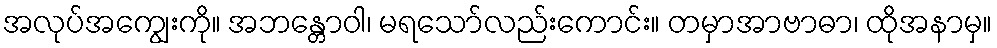
အလုပ်အကျွေးကို။ အဘန္တောဝါ၊ မရသော်လည်းကောင်း။ တမှာအာဗာဓာ၊ ထိုအနာမှ။